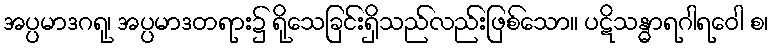
အပ္ပမာဒဂရု၊ အပ္ပမာဒတရား၌ ရိုသေခြင်းရှိသည်လည်းဖြစ်သော။ ပဋိသန္ဓာရဂါရဝေါ စ၊